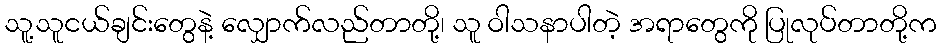
သူ့သူငယ်ချင်းတွေနဲ့ လျှောက်လည်တာတို့၊ သူ ဝါသနာပါတဲ့ အရာတွေကို ပြုလုပ်တာတို့က